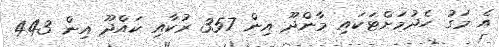
އެ މަގު ހެދުމަށްޓަކައި މާންދޫ އިން 357 ރުކާއި ކައްދޫ އިން 443